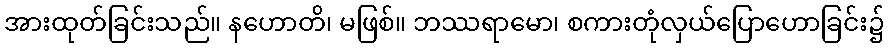
အားထုတ်ခြင်းသည်။ နဟောတိ၊ မဖြစ်။ ဘဿရာမော၊ စကားတုံလှယ်ပြောဟောခြင်း၌